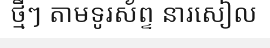
ថ្មីៗ តាមទូរស័ព្ទ នារសៀល